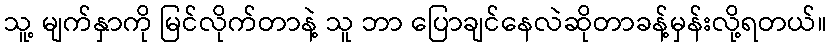
သူ့ မျက်နှာကို မြင်လိုက်တာနဲ့ သူ ဘာ ပြောချင်နေလဲဆိုတာခန့်မှန်းလို့ရတယ်။